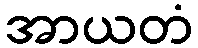
အာယတံ